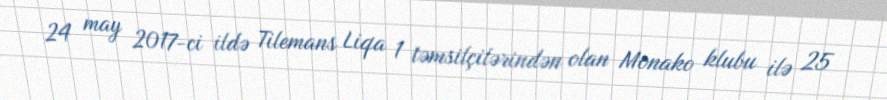
24 may 2017-ci ildə Tilemans Liqa 1 təmsilçilərindən olan Monako klubu ilə 25